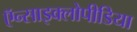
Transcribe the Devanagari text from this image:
ऍन्साइक्लोपीडिया